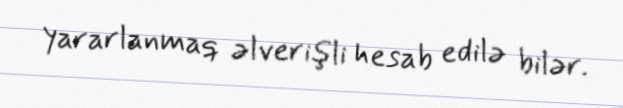
yararlanmaq əlverişli hesab edilə bilər.